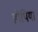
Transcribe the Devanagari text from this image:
होपिया